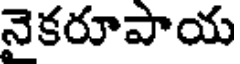
నైకరూపాయ